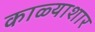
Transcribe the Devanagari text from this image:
काळ्याशार